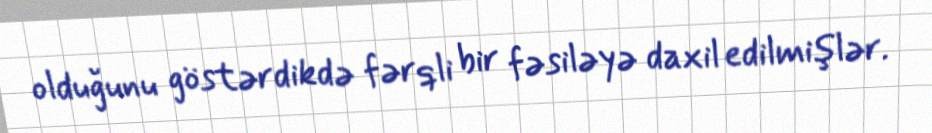
olduğunu göstərdikdə fərqli bir fəsiləyə daxil edilmişlər.